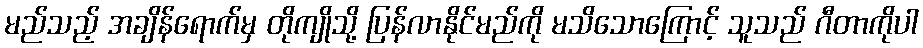
မည်သည့် အချိန်ရောက်မှ တိုကျိုသို့ ပြန်လာနိုင်မည်ကို မသိသောကြောင့် သူသည် ဂီတာကိုပါ